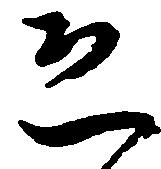
恐